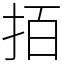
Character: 𢫦